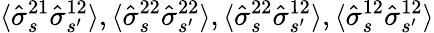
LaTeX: \langle\hat{\sigma}_{s}^{21}\hat{\sigma}_{s^{\prime}}^{12}\rangle,\langle\hat{\sigma}_{s}^{22}\hat{\sigma}_{s^{\prime}}^{22}\rangle,\langle\hat{\sigma}_{s}^{22}\hat{\sigma}_{s^{\prime}}^{12}\rangle,\langle\hat{\sigma}_{s}^{12}\hat{\sigma}_{s^{\prime}}^{12}\rangle